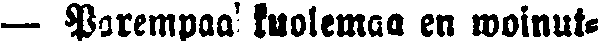
— Parempaa' kuolemaa en woinut-